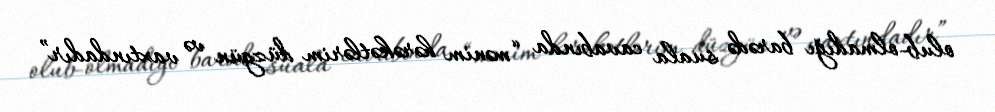
olub-olmadığı barədə suala cavabında “mənim hərəkətlərim düzgün və vaxtındadır”